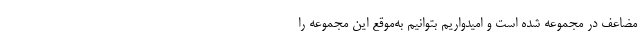
مضاعف در مجموعه شده است و امیدواریم بتوانیم به‌موقع این مجموعه را